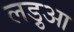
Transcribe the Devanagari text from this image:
लड़ुआ